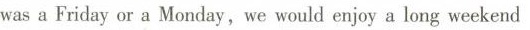
wasa Friday or a Monday，we would enjoy a long weekend